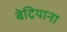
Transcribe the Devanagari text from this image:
बेद्रियाना